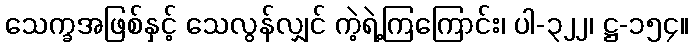
သေက္ခအဖြစ်နှင့် သေလွန်လျှင် ကဲ့ရဲ့ကြကြောင်း၊ ပါ-၃၂၂၊ ဋ္ဌ-၁၅၄။